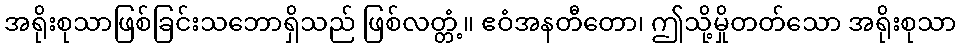
အရိုးစုသာဖြစ်ခြင်းသဘောရှိသည် ဖြစ်လတ္တံ့။ ဧဝံအနတီတော၊ ဤသို့မှိုတတ်သော အရိုးစုသာ